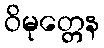
ဝိမုတ္တေန